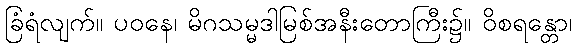
ခြံရံလျက်။ ပဝနေ၊ မိဂသမ္မဒါမြစ်အနီးတောကြီး၌။ ဝိစရန္တော၊